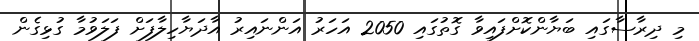
މި ދިރާސާގައި ބަޔާންކޮށްފައިވާ ގޮތުގައި 2050 އަހަރު އަންނައިރު އާދަޔާހިލާފަށް ފަލަވުމާ ގުޅިގެން